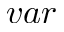
v a r